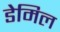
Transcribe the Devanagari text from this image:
डेमिल